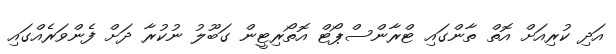
އަދި ކުރިއަށް އޮތް ތާންގައި ޓްރާންސްޕޯޓް އޮތޯރިޓީން ގަބޫލު ނުކުރާ ދަށް ފެންވަރެއްގައި